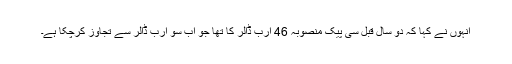
انہوں نے کہا کہ دو سال قبل سی پیک منصوبہ 46 ارب ڈالر کا تھا جو اب سو ارب ڈالر سے تجاوز کرچکا ہے۔